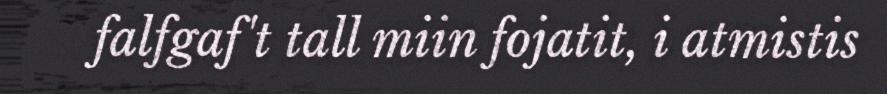
falfgaf't tall miin fojatit, i atmistis